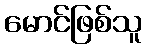
မောင်ဖြစ်သူ